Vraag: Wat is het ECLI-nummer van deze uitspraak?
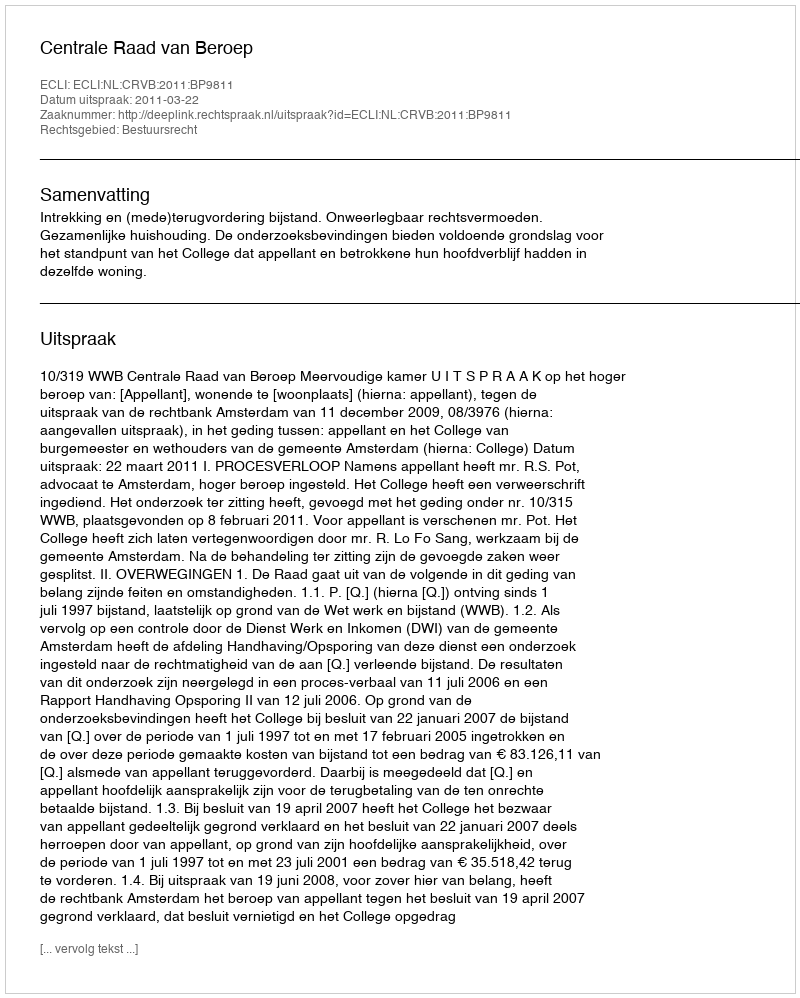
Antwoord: ECLI:NL:CRVB:2011:BP9811